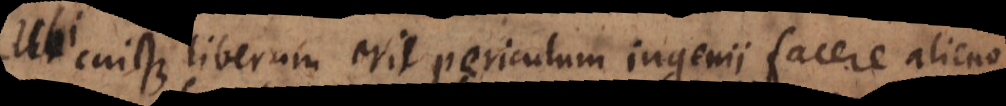
i cuique liberum erit periculum ingenii facere alieno